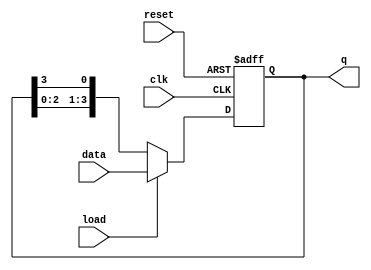
module loadable_ring_counter (
    input wire clk,          // Clock signal
    input wire reset,        // Reset signal
    input wire load,         // Load signal
    input wire [N-1:0] data, // Data input for loading
    output reg [N-1:0] q     // Output of the counter
);
    parameter N = 4; // Number of flip-flops in the ring counter

    always @(posedge clk or posedge reset) begin
        if (reset) begin
            // Reset all flip-flops to 0
            q <= {N{1'b0}};
        end else if (load) begin
            // Load the input data into the counter
            q <= data;
        end else begin
            // Shift the '1' around the ring
            q <= {q[N-2:0], q[N-1]}; // Shift left, wrap around
        end
    end
endmodule